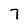
Character: 7